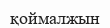
қоймалжын